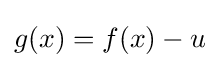
g(x)=f(x)-u